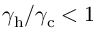
\gamma _ { \mathrm { h } } / \gamma _ { \mathrm { c } } < 1